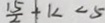
\frac { 1 5 } { 2 } + k < 5